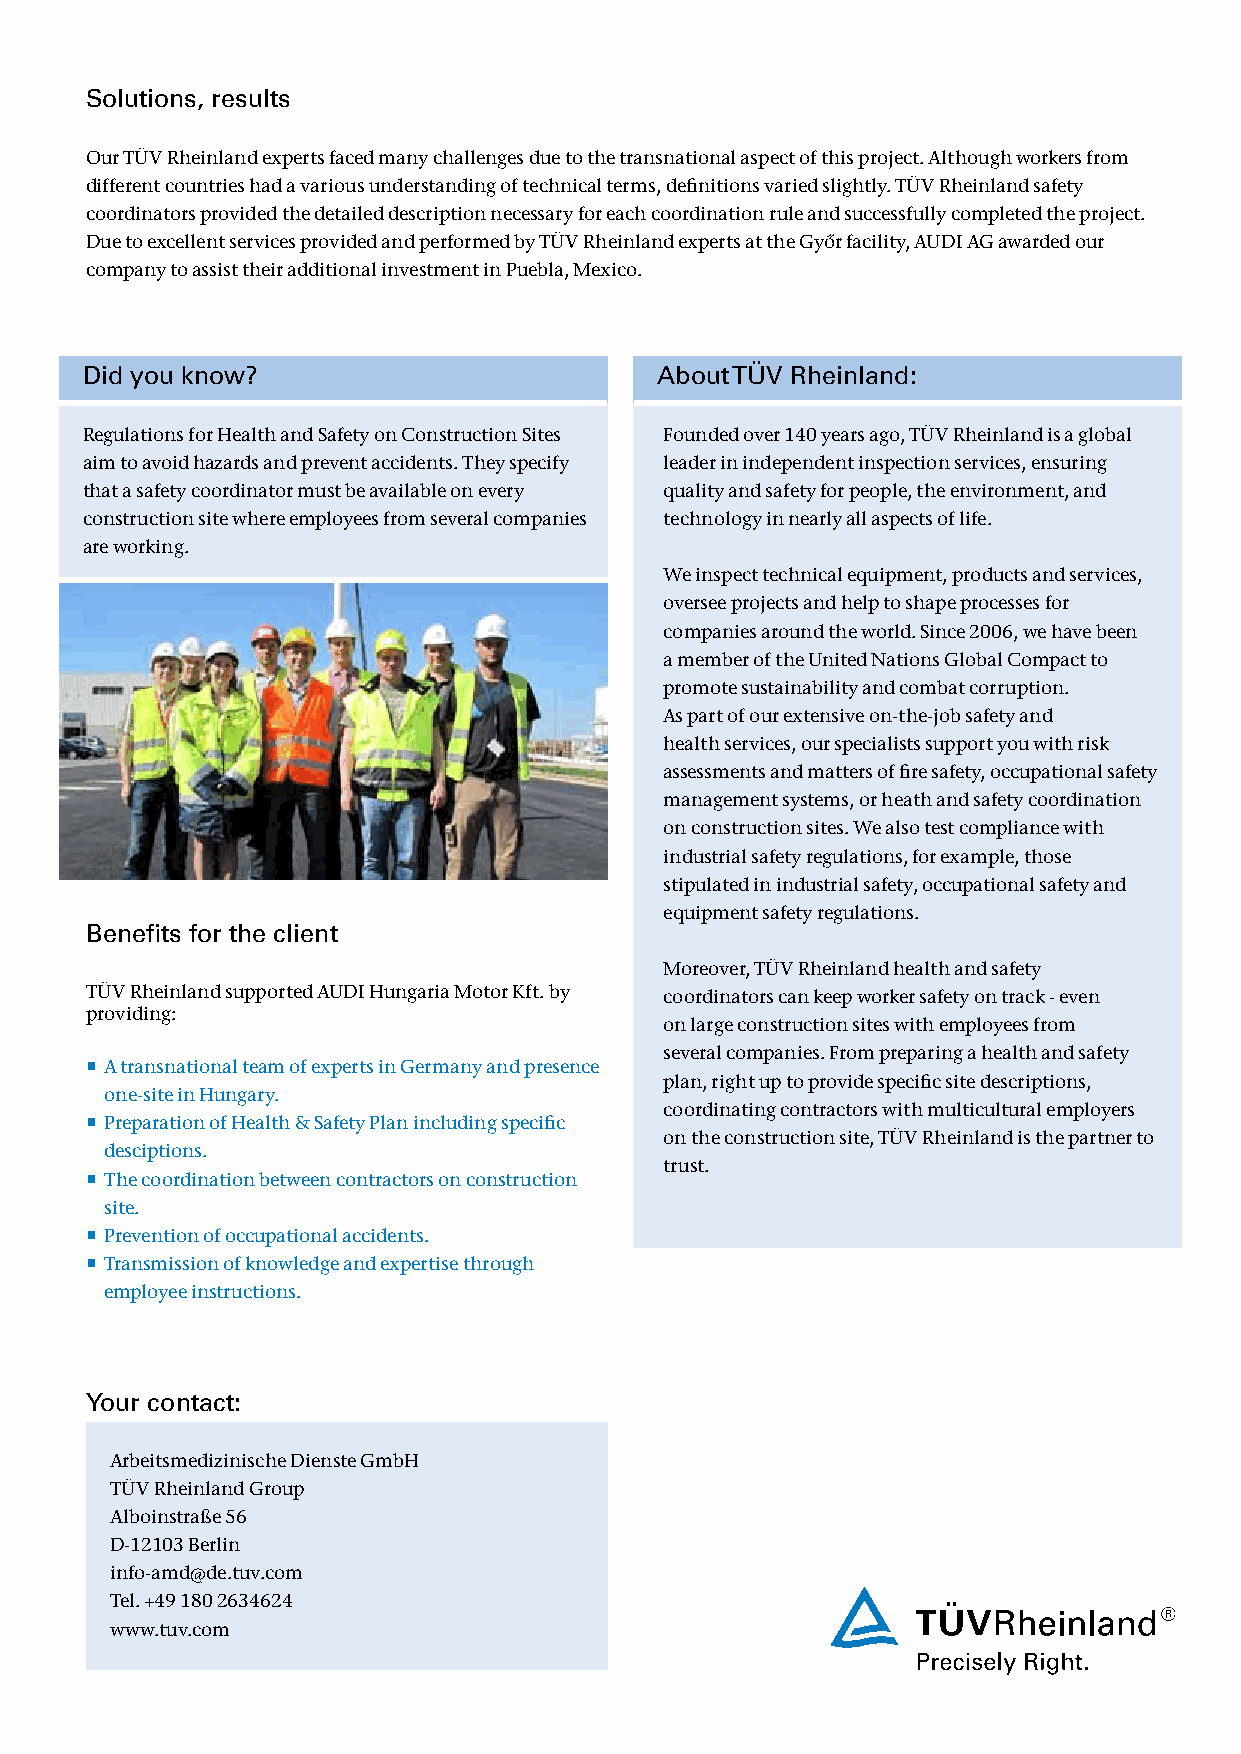
Solutions, results
 Our TÜV Rheinland experts faced many challenges due to the transnational aspect of this project. Although workers from
 different countries had a various understanding of technical terms, definitions varied slightly. TÜV Rheinland safety
 coordinators provided the detailed description necessary for each coordination rule and successfully completed the project.
 Due to excellent services provided and performed by TÜV Rheinland experts at the Győr facility, AUDI AG awarded our
 company to assist their additional investment in Puebla, Mexico.
 Did you know?                         About TÜV Rheinland:
 Regulations for Health and Safety on Construction Sites Founded over 140 years ago, TÜV Rheinland is a global
 aim to avoid hazards and prevent accidents. They specify leader in independent inspection services, ensuring
 that a safety coordinator must be available on every quality and safety for people, the environment, and
 construction site where employees from several companies technology in nearly all aspects of life.
 are working.
 We inspect technical equipment, products and services,
 oversee projects and help to shape processes for
 companies around the world. Since 2006, we have been
 a member of the United Nations Global Compact to
 promote sustainability and combat corruption.
 As part of our extensive on-the-job safety and
 health services, our specialists support you with risk
 assessments and matters of fire safety, occupational safety
 management systems, or heath and safety coordination
 on construction sites. We also test compliance with
 industrial safety regulations, for example, those
 stipulated in industrial safety, occupational safety and
 equipment safety regulations.
 Benefits for the client
 Moreover, TÜV Rheinland health and safety
 TÜV Rheinland supported AUDI Hungaria Motor Kft. by coordinators can keep worker safety on track - even
 providing:
 on large construction sites with employees from
 several companies. From preparing a health and safety
  A transnational team of experts in Germany and presence
 plan, right up to provide specific site descriptions,
 one-site in Hungary.
 coordinating contractors with multicultural employers
  Preparation of Health & Safety Plan including specific
 on the construction site, TÜV Rheinland is the partner to
 desciptions.
 trust.
  The coordination between contractors on construction
 site.
  Prevention of occupational accidents.
  Transmission of knowledge and expertise through
 employee instructions.
 Your contact:
 Your contact:
 Arbeitsmedizinische Dienste GmbH
 TTÜÜVV R Rhheeininlalanndd G Grroouupp
 InAdlbuositnrisatlr aSßerev 5ic6es
 isD@-1tu2v1.0c3o mBe rlin
 winwfwo-.atumvd.c@omde.tuv.com
 Tel. +49 180 2634624
 www.tuv.com